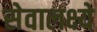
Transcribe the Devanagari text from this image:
सेवालक्ष्ये